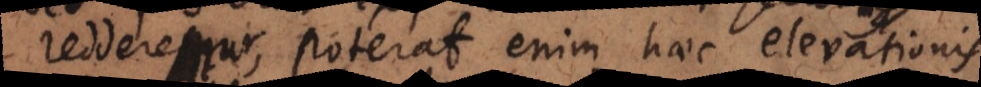
redderemur, poterat enim haec elevationis